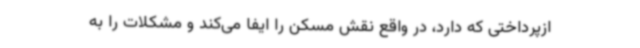
ازپرداختی که دارد، در واقع نقش مسکن را ایفا می‌کند و مشکلات را به